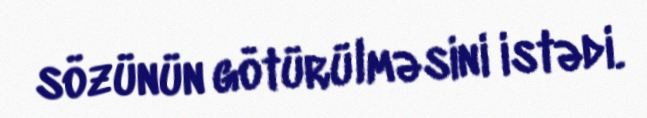
sözünün götürülməsini istədi.